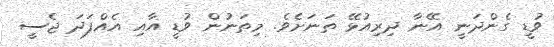
ވުޑީ ގެންދަނީ އޭނާ ދިރިއުޅޭ ތަނަށެވެ. މިތަނުން ވުޑީ އާއި އެއްފަދަ ޖެސީ